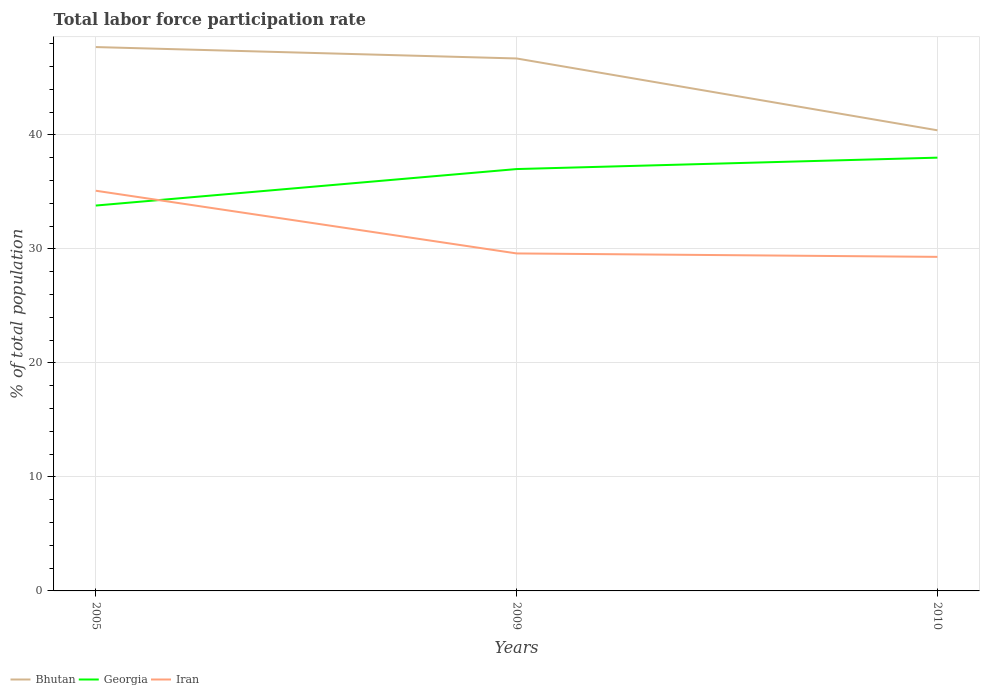
| Years | Bhutan | Georgia | Iran |
 | --- | --- | --- | --- |
 | 2005 | 47.7 | 33.8 | 35.1 |
 | 2009 | 46.7 | 37 | 29.6 |
 | 2010 | 40.4 | 38 | 29.3 |